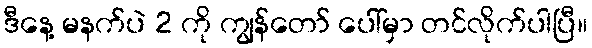
ဒီနေ့ မနက်ပဲ 2 ကို ကျွန်တော် ပေါ်မှာ တင်လိုက်ပါပြီ။